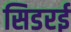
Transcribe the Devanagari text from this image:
सिडरई